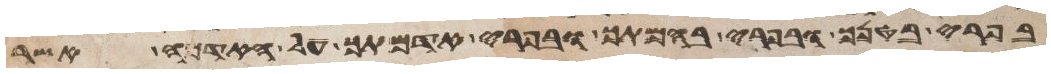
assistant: בפרי בטנך ובפרי בהמתך ובפרי אדמתך על האדמה אשר